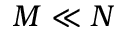
M \ll N